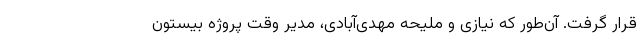
قرار گرفت. آن‌طور که نیازی و ملیحه مهدی‌آبادی، مدیر وقت پروژه بیستون